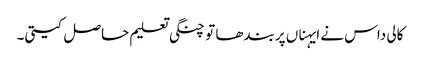
کالی داس نے ایہناں پربندھا تو چنگی تعلیم حاصل کیتی۔